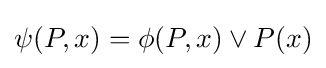
\psi (P,x)=\phi (P,x)\vee P(x)